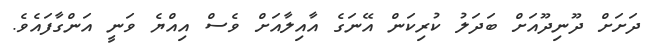
ދަށަށް ދޫނިދޫއަށް ބަދަލު ކުރިކަން އޭނަގެ އާއިލާއަށް ވެސް އިއްޔެ ވަނީ އަންގާފައެވެ.